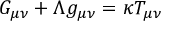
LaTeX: G _ { \mu \nu } + \Lambda g _ { \mu \nu } = \kappa T _ { \mu \nu }